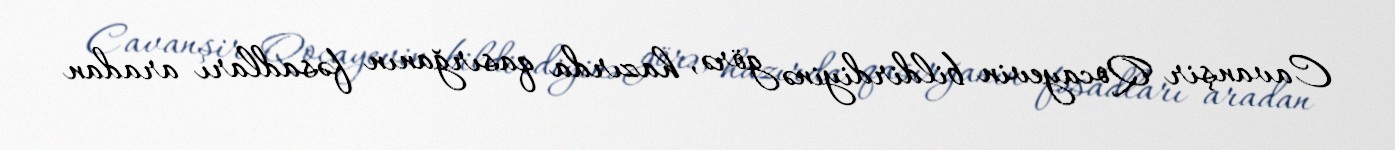
Cavanşir Qocayevin bildirdiyinə görə, hazırda qasırğanın fəsadları aradan